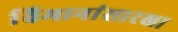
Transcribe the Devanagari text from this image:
विमानांसारखा